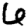
Digit: 6